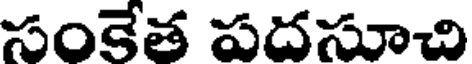
సంకేత పదసూచి